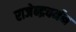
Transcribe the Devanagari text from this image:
राजेन्द्रवर्मन